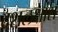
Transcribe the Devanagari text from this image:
दशलक्षांश